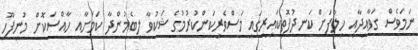
ނަމަވެސް ގަވާއިދާއި ހިލާފަށް ކަނދުފޮތިކައިރީގައި މަސްވެރިކަންކުރުމުގެ ޝަކުވާ ލިބެމުންދާ ކަމަށާއި ހާއްސަކޮށް މުނިފޫހި